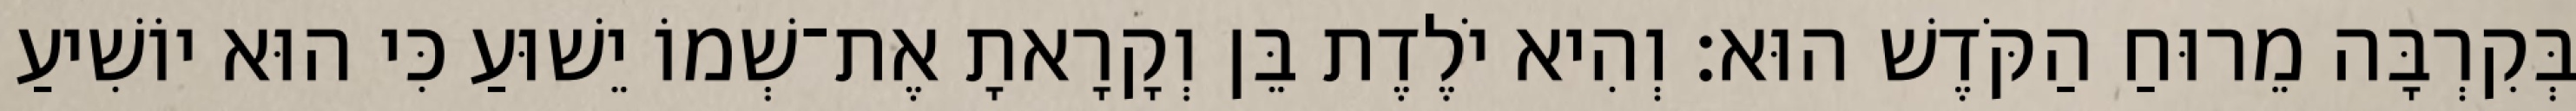
בְּקִרְבָּה מֵרוּחַ הַקֹּדֶשׁ הוּא׃ וְהִיא יֹלֶדֶת בֵּן וְקָרָאתָ אֶת־שְׁמוֹ יֵשׁוּעַ כִּי הוּא יוֹשִׁיעַ